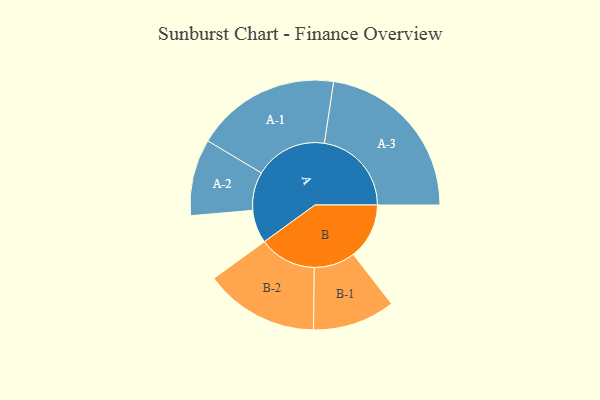
{"axis": {"x": "Segment", "y": "Value"}, "legend": ["", "A", "B"], "data": [{"x": "A", "y": 104, "type": ""}, {"x": "B", "y": 175, "type": ""}, {"x": "A-1", "y": 227, "type": "A"}, {"x": "A-2", "y": 120, "type": "A"}, {"x": "A-3", "y": 273, "type": "A"}, {"x": "B-1", "y": 129, "type": "B"}, {"x": "B-2", "y": 179, "type": "B"}]}